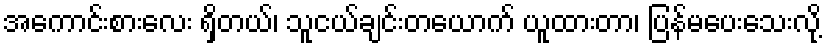
အကောင်းစားလေး ရှိတယ်၊ သူငယ်ချင်းတယောက် ယူထားတာ၊ ပြန်မပေးသေးလို့